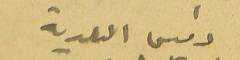
رئيس البلدية